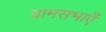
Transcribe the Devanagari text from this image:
ग्रामसभाएँ